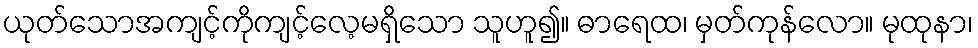
ယုတ်သောအကျင့်ကိုကျင့်လေ့မရှိသော သူဟူ၍။ ဓာရေထ၊ မှတ်ကုန်လော။ မုထုနာ၊